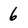
Character: 6